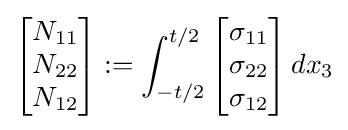
{\begin{bmatrix}N_{11}\\N_{22}\\N_{12}\end{bmatrix}}:=\int _{-t/2}^{t/2}{\begin{bmatrix}\sigma _{11}\\\sigma _{22}\\\sigma _{12}\end{bmatrix}}\,dx_{3}